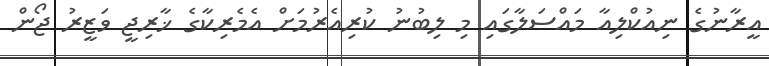
އީރާނުގެ ނިއުކްލިއާ މައްސަލާގައި މި ލިބުނު ކުރިއެރުމަށް އެމެރިކާގެ ޚާރިޖީ ވަޒީރު ޖޯން